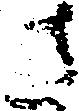
さ